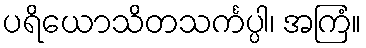
ပရိယောသိတသင်္ကပ္ပါ၊ အကြံ။